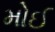
મોઈ